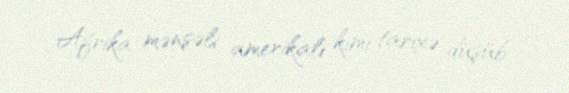
Afrika mənşəli amerikalı kimi tarixə düşüb.